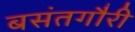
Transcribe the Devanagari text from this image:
बसंतगौरी